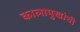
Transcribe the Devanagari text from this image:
कालामुखांची